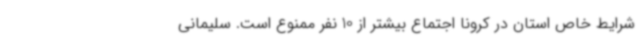
شرایط خاص استان در کرونا اجتماع بیشتر از 10 نفر ممنوع است. سلیمانی